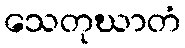
သေတုဃာတံ